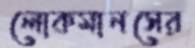
লোকমানসের